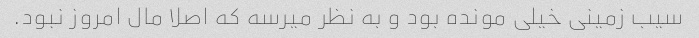
سیب زمینی خیلی مونده بود و به نظر میرسه که اصلا مال امروز نبود.